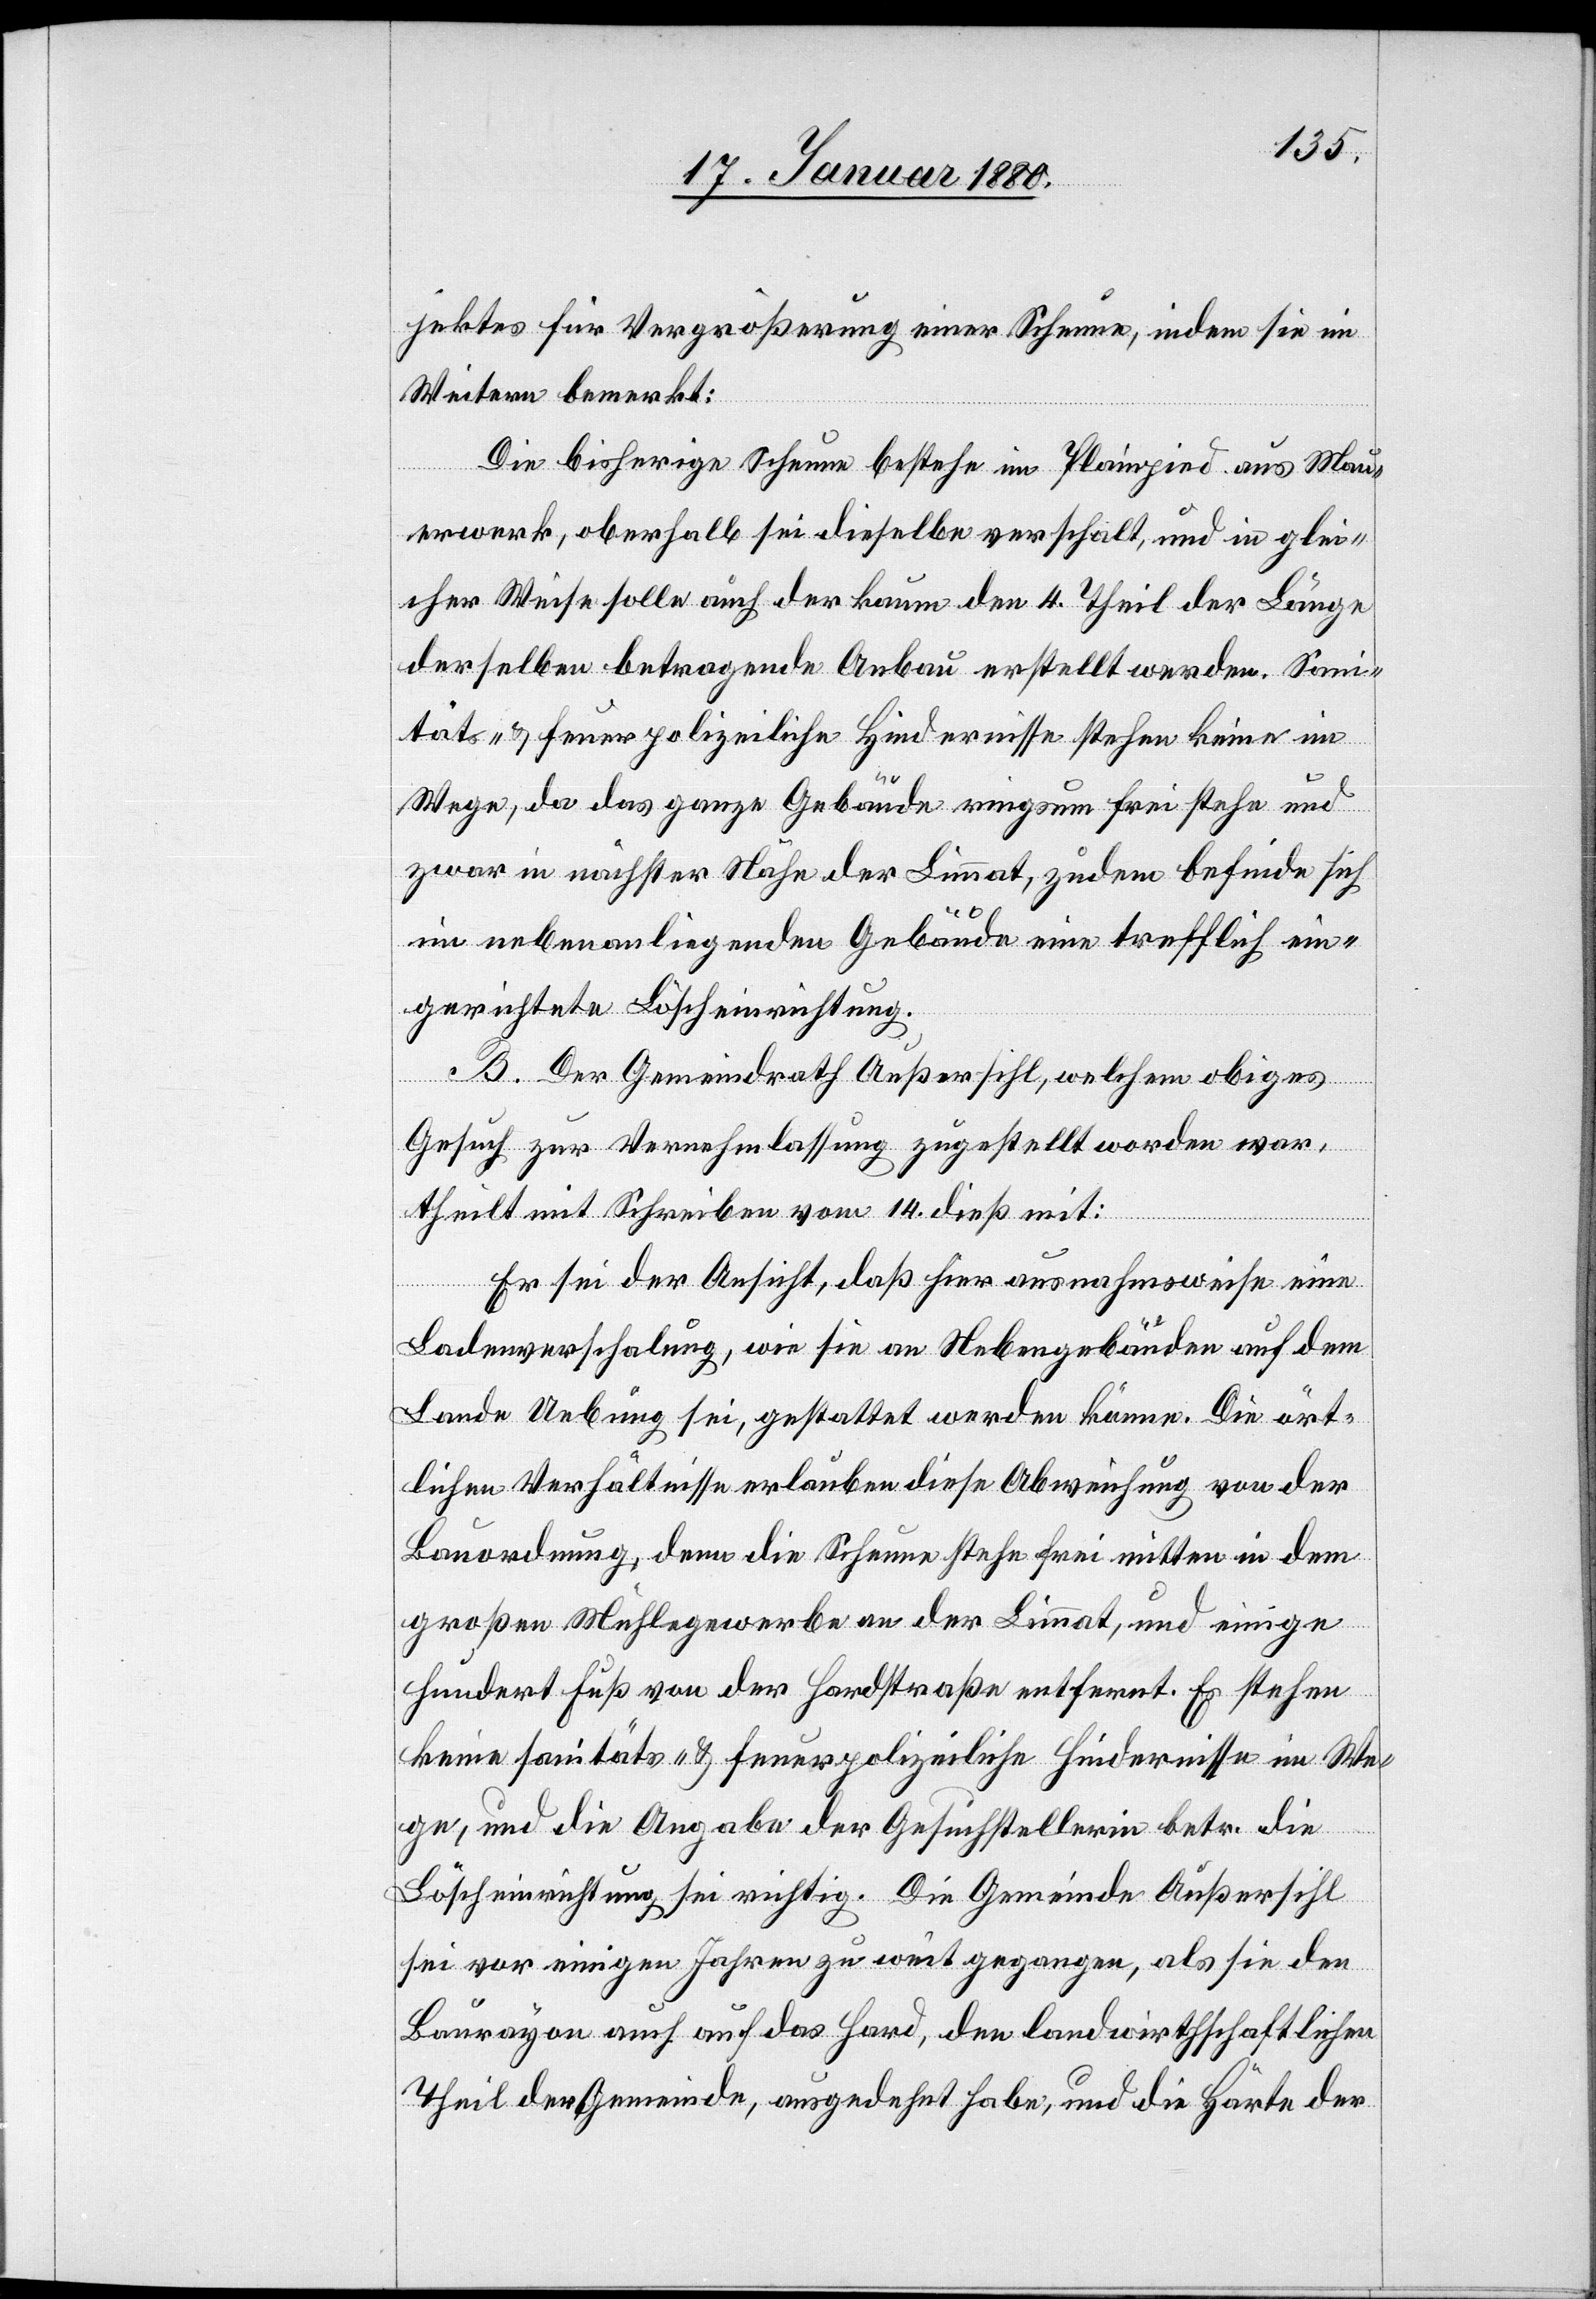
jektes für Vergrößerung einer Scheune, indem sie im
Weitern bemerkt:
Die bisherige Scheune bestehe im Plainpied aus Mau¬
erwerk, oberhalb sei deiselbe verschalt, und in glei¬
cher Weise solle auch der kaum den 4. Theil der Länge
derselben betragende Anbau erstellt werden. sani¬
täts- & feuerpolizeiliche Hindernisse stehen keine im
Wege, da das ganze Gebäude ringsum frei stehe und
zwar in nächster Nähe der Limmat, zudem befinde sich
im nebenanliegenden Gebäude eine trefflich ein¬
gerichtete Löscheinrichtung.
B. Der Gemeindrath Außersihl, welchem obiges
Gesuch zur Vernehmlassung zugestellt worden war,
theilt mit Schreiben vom 14. dieß mit:
Er sei der Ansicht, daß hier ausnahmsweise eine
Ladenverschalung, wie sie an Nebengebäuden auf dem
Lande Uebung sei, gestattet werden könne. Die ört¬
lichen Verhältnisse erlauben diese Abweichung von der
Bauordnung, denn die Scheune stehe frei mitten in dem
großen Mühlegewerbe an der Limmat, und einige
hundert Fuß von der Hardstraße entfernt. Es stehen
keine sanitäts- & feuerpolizeilichen Hindernisse im We¬
ge, und die Angabe der Gesuchstellerin betr. die
Löscheinrichtung sei richtig. Die Gemeinde Außersihl
sei vor einigen Jahren zu weit gegangen, als sie den
Baurayon auch auf das Hard, den landwirthschaftlichen
Theil der Gemeinde, ausgedehnt habe, und die Härte der